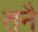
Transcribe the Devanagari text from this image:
तनै